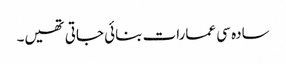
سادہ سی عمارات بنائی جاتی تھیں۔